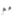
مع